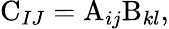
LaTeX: \mathrm{C}_{IJ}=\mathrm{A}_{ij}\mathrm{B}_{kl},